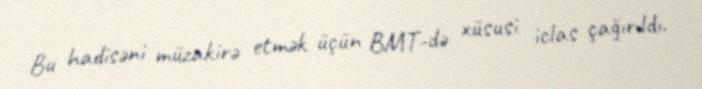
Bu hadisəni müzakirə etmək üçün BMT-də xüsusi iclas çağırıldı.